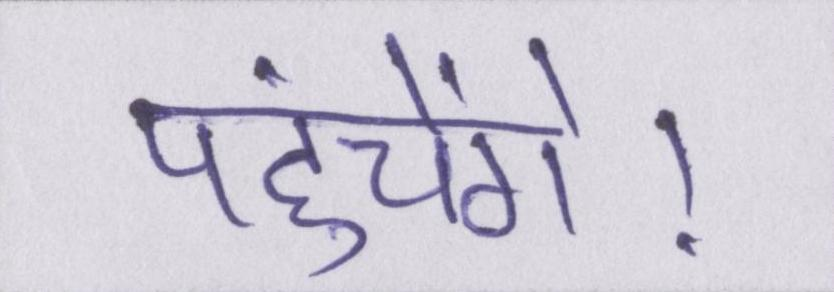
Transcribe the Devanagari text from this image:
पहुंचेंगे।